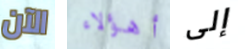
الآن أهؤلاء إلى